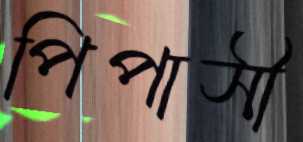
পিপাসী